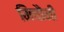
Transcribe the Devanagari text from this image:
मिचौंनी